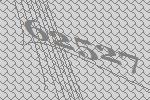
62527